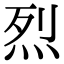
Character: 烈